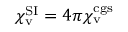
\chi _ { \mathrm { v } } ^ { \mathrm { S I } } = 4 \pi \chi _ { \mathrm { v } } ^ { \mathrm { c g s } }